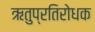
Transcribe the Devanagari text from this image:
ऋतुप्रतिरोधक